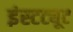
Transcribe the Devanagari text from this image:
इंस्‍टट्यूट